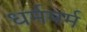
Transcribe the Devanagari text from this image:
धर्ममर्म